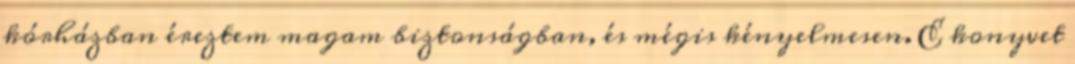
kórházban éreztem magam biztonságban, és mégis kényelmesen. E konyvet